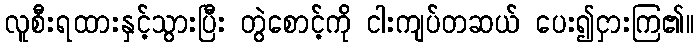
လူစီးရထားနှင့်သွားပြီး တွဲစောင့်ကို ငါးကျပ်တဆယ် ပေး၍ငှားကြ၏။